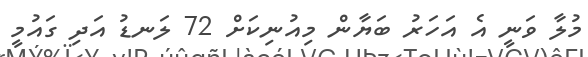
މުލާ ވަނީ އެ އަހަރު ބަޔާން މިއުނިކަށް 72 ލަނޑު އަދި ގައުމީ